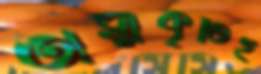
অস্বীকৃতিই